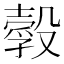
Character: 𣫃